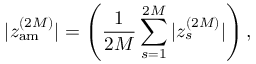
\displaystyle | z _ { \mathrm { a m } } ^ { ( 2 M ) } | = \left( \frac { 1 } { 2 M } \sum _ { s = 1 } ^ { 2 M } | z _ { s } ^ { ( 2 M ) } | \right) ,